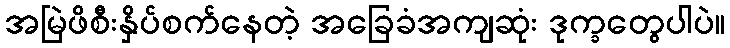
အမြဲဖိစီးနှိပ်စက်နေတဲ့ အခြေခံအကျဆုံး ဒုက္ခတွေပါပဲ။